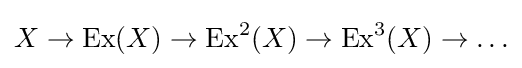
X\rightarrow \operatorname {Ex} (X)\rightarrow \operatorname {Ex} ^{2}(X)\rightarrow \operatorname {Ex} ^{3}(X)\rightarrow \ldots